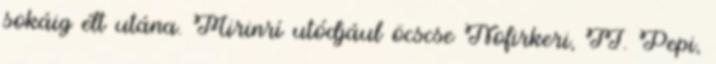
sokáig élt utána. Mirinrí utódjául öcscse Nofirkeri, II. Pepi,